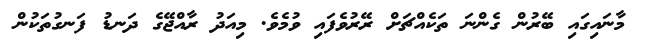
މާނައިގައި ބޭރުން ގެންނަ ތަކެއްޗަށް ރޭރުވެފައި ވުމެވެ. މިއަދު ރާއްޖޭގެ ދަނޑު ފަނގުތަކުން